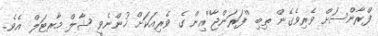
ފްރާންސަށް ވެރިވެގެން ތިބި ''ފަރަންޖާ''އިން ގެ ވެރިއަކަށް ހުންނެވީ ޝާލް މާރޓަލް އެވެ.